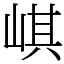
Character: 𡸷